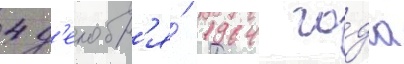
4 д'екабр'я́ 1964 го́да